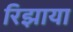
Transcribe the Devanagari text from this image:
रिझाया